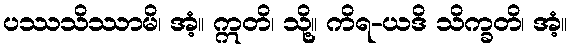
ပဿသိဿာမိ၊ အံ့။ ဣတိ၊ သို့။ ကိရ-ယဒိ သိက္ခတိ၊ အံ့။